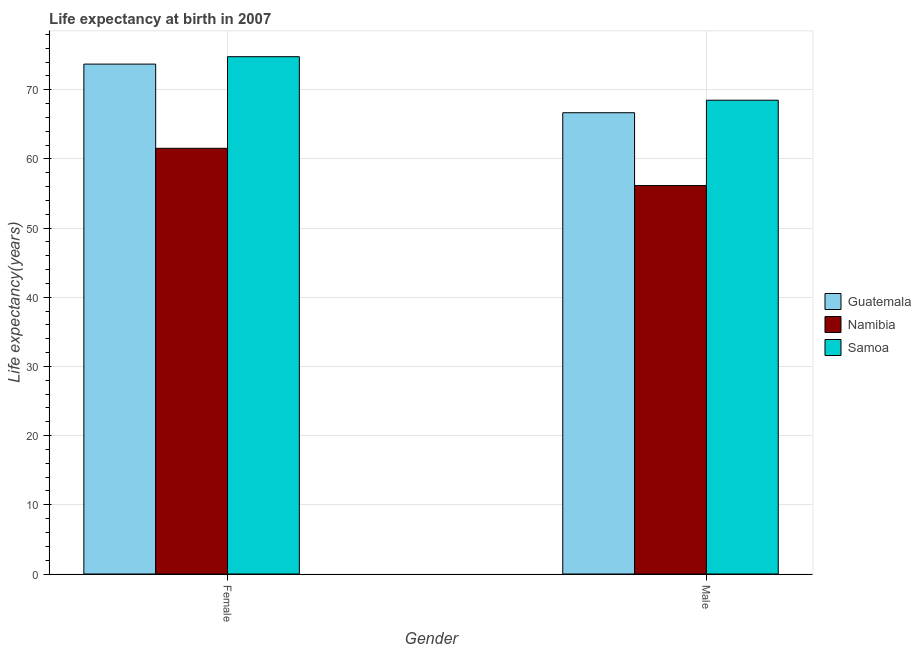
| Gender | Guatemala | Namibia | Samoa |
 | --- | --- | --- | --- |
 | Female | 73.7 | 61.5 | 74.8 |
 | Male | 66.7 | 56.2 | 68.5 |